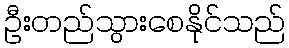
ဦးတည်သွားစေနိုင်သည်